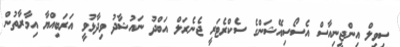
ސިވިލް އިންޖީނިއާސް އެސޯސިއޭޝަންގެ ސެކްރެޓަރީ ޖެނެރަލް އަބްދު ނައުޝާދު ވިދާޅުވީ އަރަބިއްޔާ އިމާރާތުން